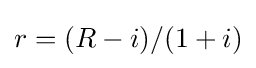
r=(R-i)/(1+i)